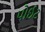
પોઈટ